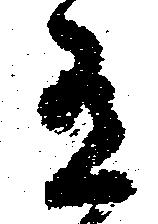
有